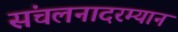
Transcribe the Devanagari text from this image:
संचलनादरम्यान